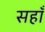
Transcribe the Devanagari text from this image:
सहाँ